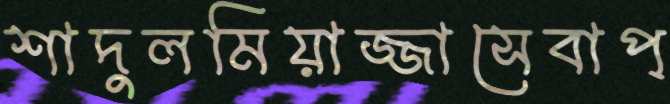
শাদুলমিয়াজ্জাসেবাপ্